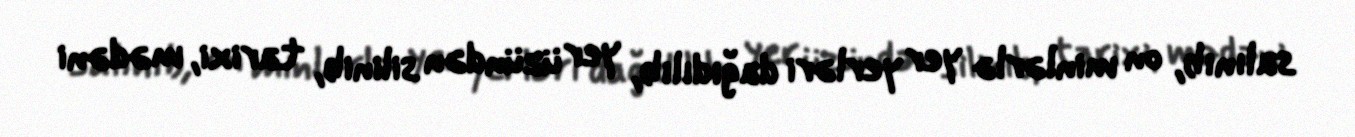
salınıb, on minlərlə yer yerləri dağıdılıb, yer üzündən silinib, tarixi, mədəni